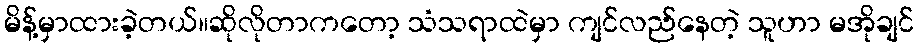
မိန့်မှာထားခဲ့တယ်။ဆိုလိုတာကတော့ သံသရာထဲမှာ ကျင်လည်နေတဲ့ သူဟာ မအိုချင်